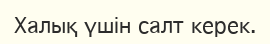
Халық үшін салт керек.